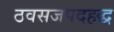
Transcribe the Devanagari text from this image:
ठवसजपदहद्ध